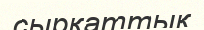
сырқаттық